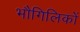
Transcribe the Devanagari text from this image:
भौगिलिकों